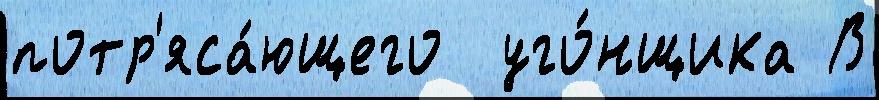
потр'яса́ющего  уго́нщика В